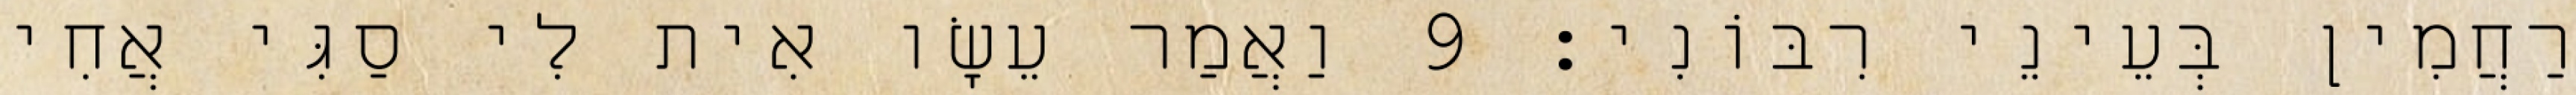
רַחֲמִין בְּעֵינֵי רִבּוֹנִי׃ 9 וַאֲמַר עֵשָׂו אִית לִי סַגִּי אֲחִי